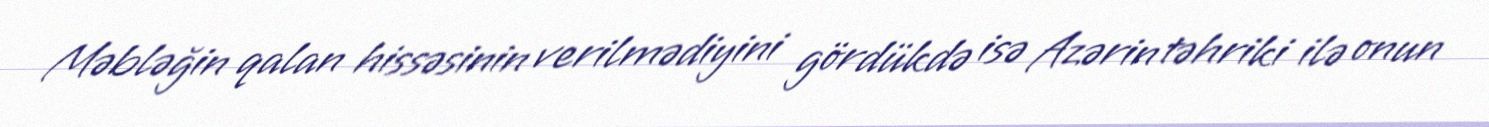
Məbləğin qalan hissəsinin verilmədiyini gördükdə isə Azərin təhriki ilə onun